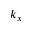
k _ { x }